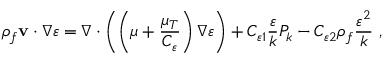
\rho _ { f } { { { \mathbf { v } } } \cdot \nabla } \varepsilon = \nabla \cdot \left( \left( \mu + \frac { \mu _ { T } } { C _ { \varepsilon } } \right) \nabla \varepsilon \right) + C _ { \varepsilon 1 } \frac { \varepsilon } { k } P _ { k } - C _ { \varepsilon 2 } \rho _ { f } \frac { \varepsilon ^ { 2 } } { k } \mathrm { ~ , ~ }